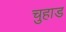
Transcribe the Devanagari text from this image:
चुहाड